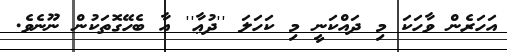
އަހަރެން ވާހަކަ މި ދައްކަނީ މި ކަހަލަ ''ދުޢާ'' އާ ބެހޭގޮތަކުން ނޫނެވެ.